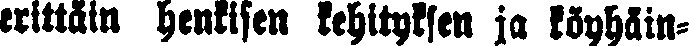
erittäin henkisen kehityksen ja köyhäin-